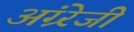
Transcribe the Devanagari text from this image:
अंग्र्रेजी